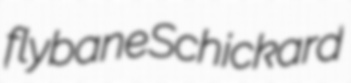
flybane Schickard